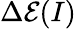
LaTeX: \Delta\mathcal{E}(I)